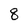
Character: 8